Civil Veterinary Dept. Bombay admin report 1923-31 - 1923-1931
Year: 1923
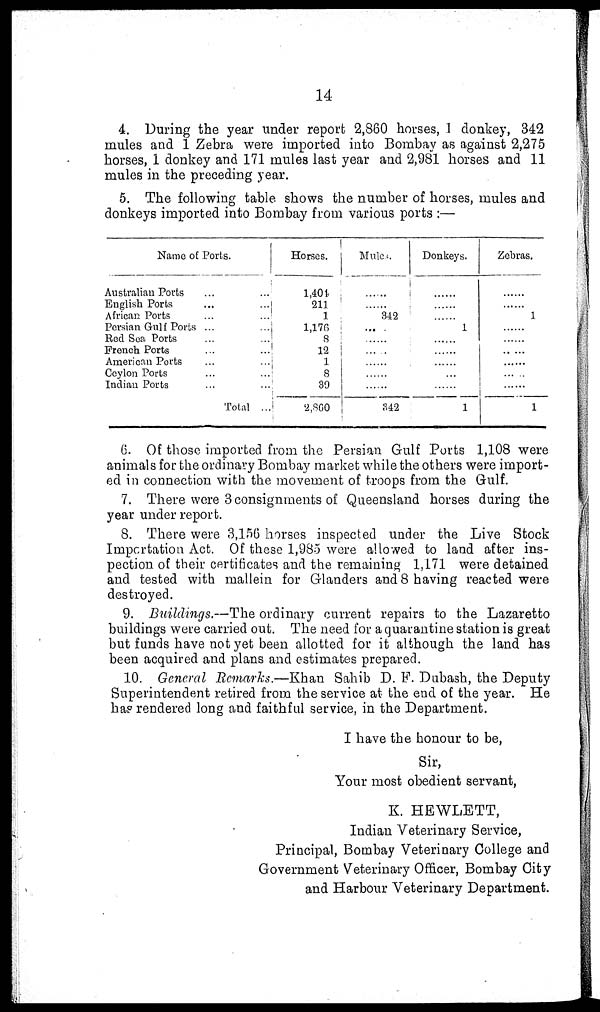
14
4. During the year under report 2,860 horses, 1 donkey, 342
mules and 1 Zebra were imported into Bombay as against 2,275
horses, 1 donkey and 171 mules last year and 2,981 horses and 11
mules in the preceding year.
5. The following table shows the number of horses, mules and
donkeys imported into Bombay from various ports :—
Name of Ports.
Australian Ports ... ...
English Ports ... ...
African Ports ... ...
Persian Gulf Ports ... ...
Red Sea Ports ... ...
French Ports ... ...
American Ports ... ...
Ceylon Ports ... ...
Indian Ports ... ...
Tolal ...
Horses.
1,401
211
1
1,176
8
12
1
8
30
2,860
Mules.
......
......
342
......
......
......
......
......
......
342
Donkeys.
......
......
......
1
......
......
......
......
......
1
Zebras.
......
......
1
......
......
......
......
......
......
1
G. Of those imported from the Persian Gulf Ports 1,108 were
animals for the ordinary Bombay market while the others were import-
ed in connection with the movement of troops from the Gulf.
7. There were 3 consignments of Queensland horses during the
year under report.
8. There were 3,156 horses inspected under the Live Stock
Impertation Act. Of these 1,985 were allowed to land after ins-
pection of their certificates and the remaining 1,171 were detained
and tested with mallein for Glanders and 8 having reacted were
destroyed.
9. Buildings.—The ordinary current repairs to the Lazaretto
buildings were carried out. The need for a quarantine station is great
but funds have not yet been allotted for it although the land has
been acquired and plans and estimates prepared.
10. General Remarks.—Khan Sahib D. F. Dubash, the Deputy
Superintendent retired from the service at the end of the year. He
has rendered long and faithful service, in the Department.
I have the honour to be,
Sir,
Your most obedient servant,
K. HEWLETT,
Indian Veterinary Service,
Principal, Bombay Veterinary College and
Government Veterinary Officer, Bombay City
and Harbour Veterinary Department.